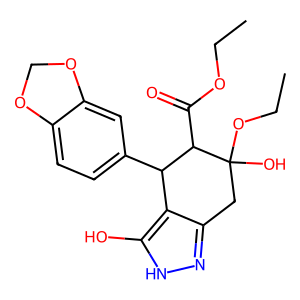
SMILES: CCOC(=O)C1C(c2ccc3c(c2)OCO3)c2c(n[nH]c2O)CC1(O)OCC
Inhibits HIV replication: No